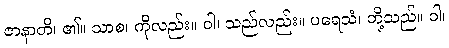
ဇာနာတိ၊ ၏။ သာစ၊ ကိုလည်း။ ဝါ၊ သည်လည်း။ ပရေသံ၊ တို့သည်။ ဝါ၊